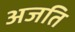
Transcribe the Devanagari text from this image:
अजति